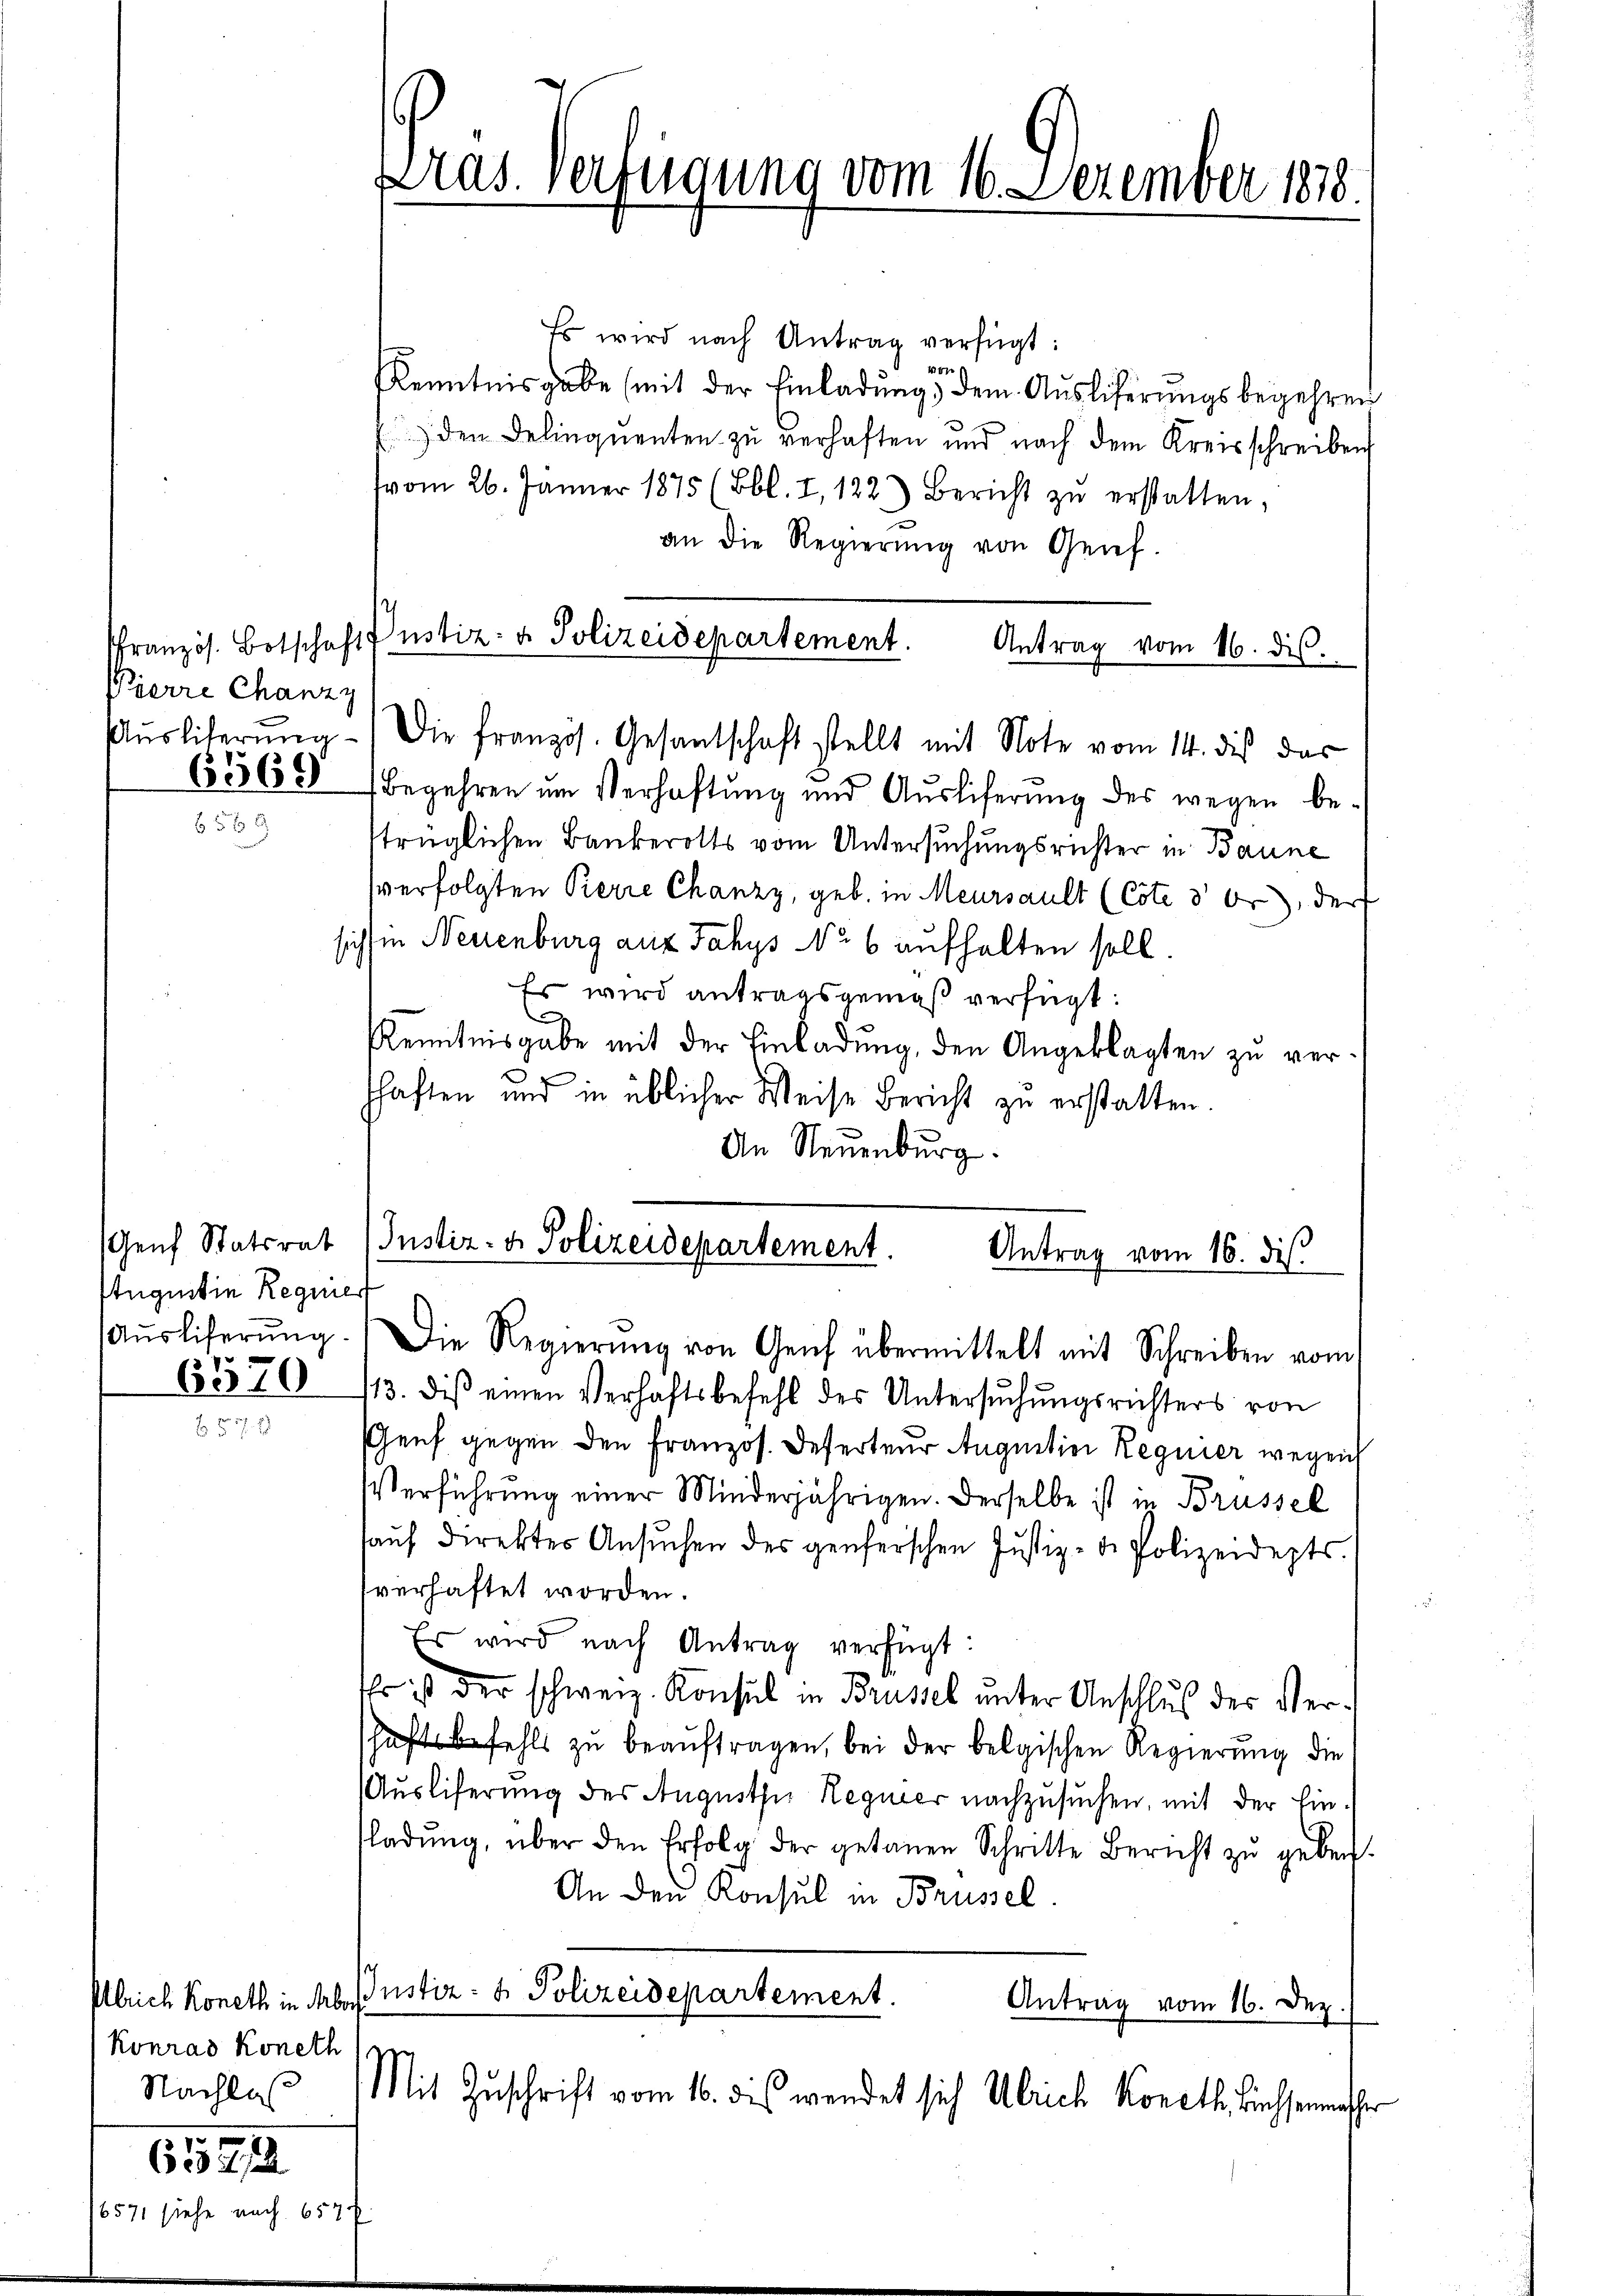
französ. Botschaft
Pierre Chanzy
6569

Genf Statsrat
Augustin Requier
(Ausliferung.

6571 siehe in

6570

Ulrich Koneth in Mbors
Konrad Koneth
Nachlas

65812

Es wird nach Antrag verfügt:
ttn
Kenntnisgabe (mit der Einladŭng, dem Auslieferungsbegehren
) den Delinquenten zu verhaften und nach dem Kreisschreiben
(vom 26. Januar 1875 (Bbl. I, 122) Bericht zŭ erstatten,
an die Regierŭng von Genf.
Begehren um Verhaftung und Aŭsliferŭng des wegen be-
strüglichen Bankerotts vom Untersuchungsrichter in Baune
sverfolgten Kerre Chanzy, geb. in Meursault (Cote 3 Fr., der
sich in Neuenburg auf Jahys No 6 aufhalten soll.
Es wird antragsgemäß verfügt:
.
Kenntnisgabe mit der Einladung, den Angeklagten zu vershaften und in üblicher Weise Bericht zu erstatten.
An Neuenburg.

Aas. Verfügung vom 16. Dezember 1818

Justiz- & Polizeidepartement.
Aŭsliterŭng / Die französ. Gesantschaft stellt mit Note vom 14. dis das

Antrag vom 16. dis.

Justiz- & Polizeidepartement.
Antrag vom 16. dis
Die Regierŭng von Geif übermittelt mit Schreiben vom

/13. diβ einen Verhaftsbefehl des Untersŭchŭngsrichters von
Genf gegen den Französ. Referteur Auguition Regnier wegen
Verführung einer Minderjährigen. Derselbe ist in Brüssel
aŭf direkter Ansŭchen des genferschen Justiz-d. Polizeidepts.
sverhaftet worden.
Es wird nach Antrag verfügt:
Es ist der schweiz. Konsul in Brüssel unter Anschlus der Verhaft befehls zu beauftragen, bei der belgischen Regierung die
Ausliferung des Augusthe Regier nachzusuchen, mit der Ein-
ladŭng, über den Erfolg der getanen Schritte Bericht zŭ geben.
An den Konsul in Brüssel.
Justiz- & Polizeidepartement.
Antrag vom 16. Dez.
Mit Zuschrift vom 16. dies wendet sich Ulrich Koneth, Büchsenmesser